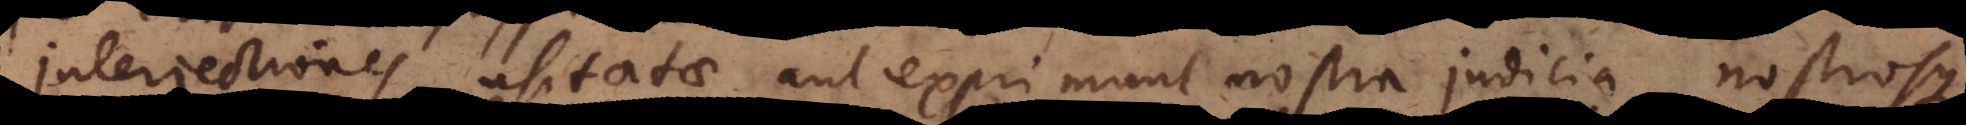
Interjectiones usitatae aut exprimunt nostra judicia nostrosque